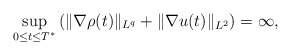
\begin{align*}\underset{0 \le t \le T^*}{\sup}\left(\|\nabla \rho(t)\|_{L^q}+\|\nabla u(t)\|_{L^2}\right)=\infty,\end{align*}